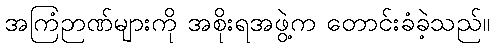
အကြံဉာဏ်များကို အစိုးရအဖွဲ့က တောင်းခံခဲ့သည်။